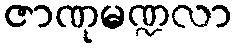
ဇာဏုမဏ္ဍလာ